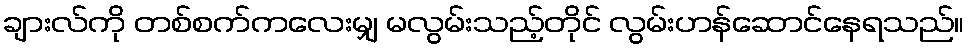
ချားလ်ကို တစ်စက်ကလေးမျှ မလွမ်းသည့်တိုင် လွမ်းဟန်ဆောင်နေရသည်။